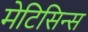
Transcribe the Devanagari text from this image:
मेटिसिन्स